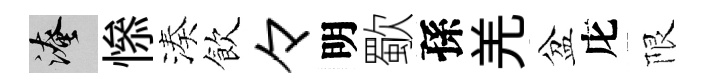
淹𢡖湊飲々明歜孫羌盆庀限